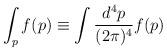
LaTeX: \begin{align*}\int_p f(p) \equiv \int \frac{d^4 p}{(2\pi)^4} f(p)\end{align*}